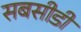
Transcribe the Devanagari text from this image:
सबसीडी